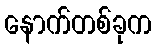
နောက်တစ်ခုက